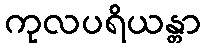
ကုလပရိယန္တာ